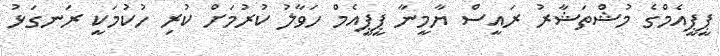
ޕީޕީއެމްގެ މުޝްތަޝާރު ރައީސް ޔާމީނާ ޕީޕީއެމް ހަވާލު ކުރުމަށް ކުރި ހުކުމަކީ ރަނގަޅު